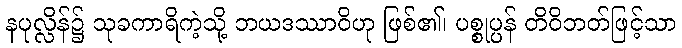
နပုလ္လိန်၌ သုခကာရိကဲ့သို့ ဘယဒဿာဝိဟု ဖြစ်၏၊ ပစ္စုပ္ပန် တိဝိဘတ်ဖြင့်သာ